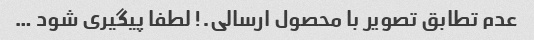
عدم تطابق تصویر با محصول ارسالی.! لطفا پیگیری شود …